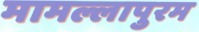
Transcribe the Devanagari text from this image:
मामल्लापुरम